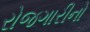
રોજગારીનો